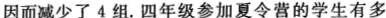
因而减少了4组。四年级参加夏令营的学生有多